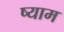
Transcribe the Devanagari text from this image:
ष्याम